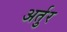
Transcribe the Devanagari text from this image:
अर्तुर